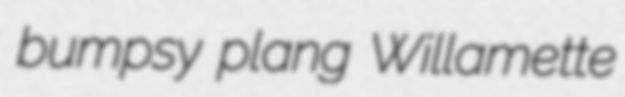
bumpsy plang Willamette